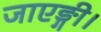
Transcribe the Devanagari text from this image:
जाएङ्गी।